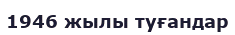
1946 жылы туғандар